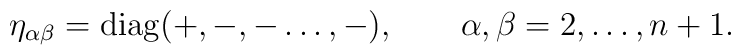
\eta_{\alpha  \beta} = {\rm diag} (+,-,- \dots , -) , ~~~\quad  \alpha,   \beta = 2, \dots ,n+1.